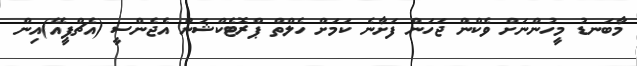
މާބަނޑު މީހުންނަށް ވެކްން ޖަހަން ފަށާނެ ކަމަށް ހެލްތް ޕްރޮޓެކްޝަން އެޖެންސީ (އެޗްޕީއޭ)އިން